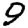
Digit: 9